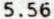
5.56